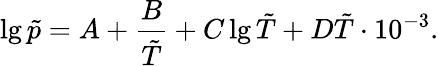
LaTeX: \lg\tilde{p}=A+\frac{B}{{\tilde{T}}}+C\lg\tilde{T}+D\tilde{T}\cdot{10^{-3}}.